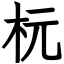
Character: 杬